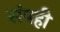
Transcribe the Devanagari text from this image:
संपही